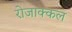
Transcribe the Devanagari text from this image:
रोजाक्कल